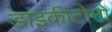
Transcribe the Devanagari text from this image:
डाइकीटोनों